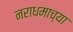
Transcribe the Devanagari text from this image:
नराधमाच्या